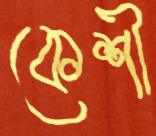
কেশী